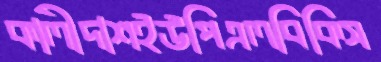
কালীদাশইউপিএলবিকিস